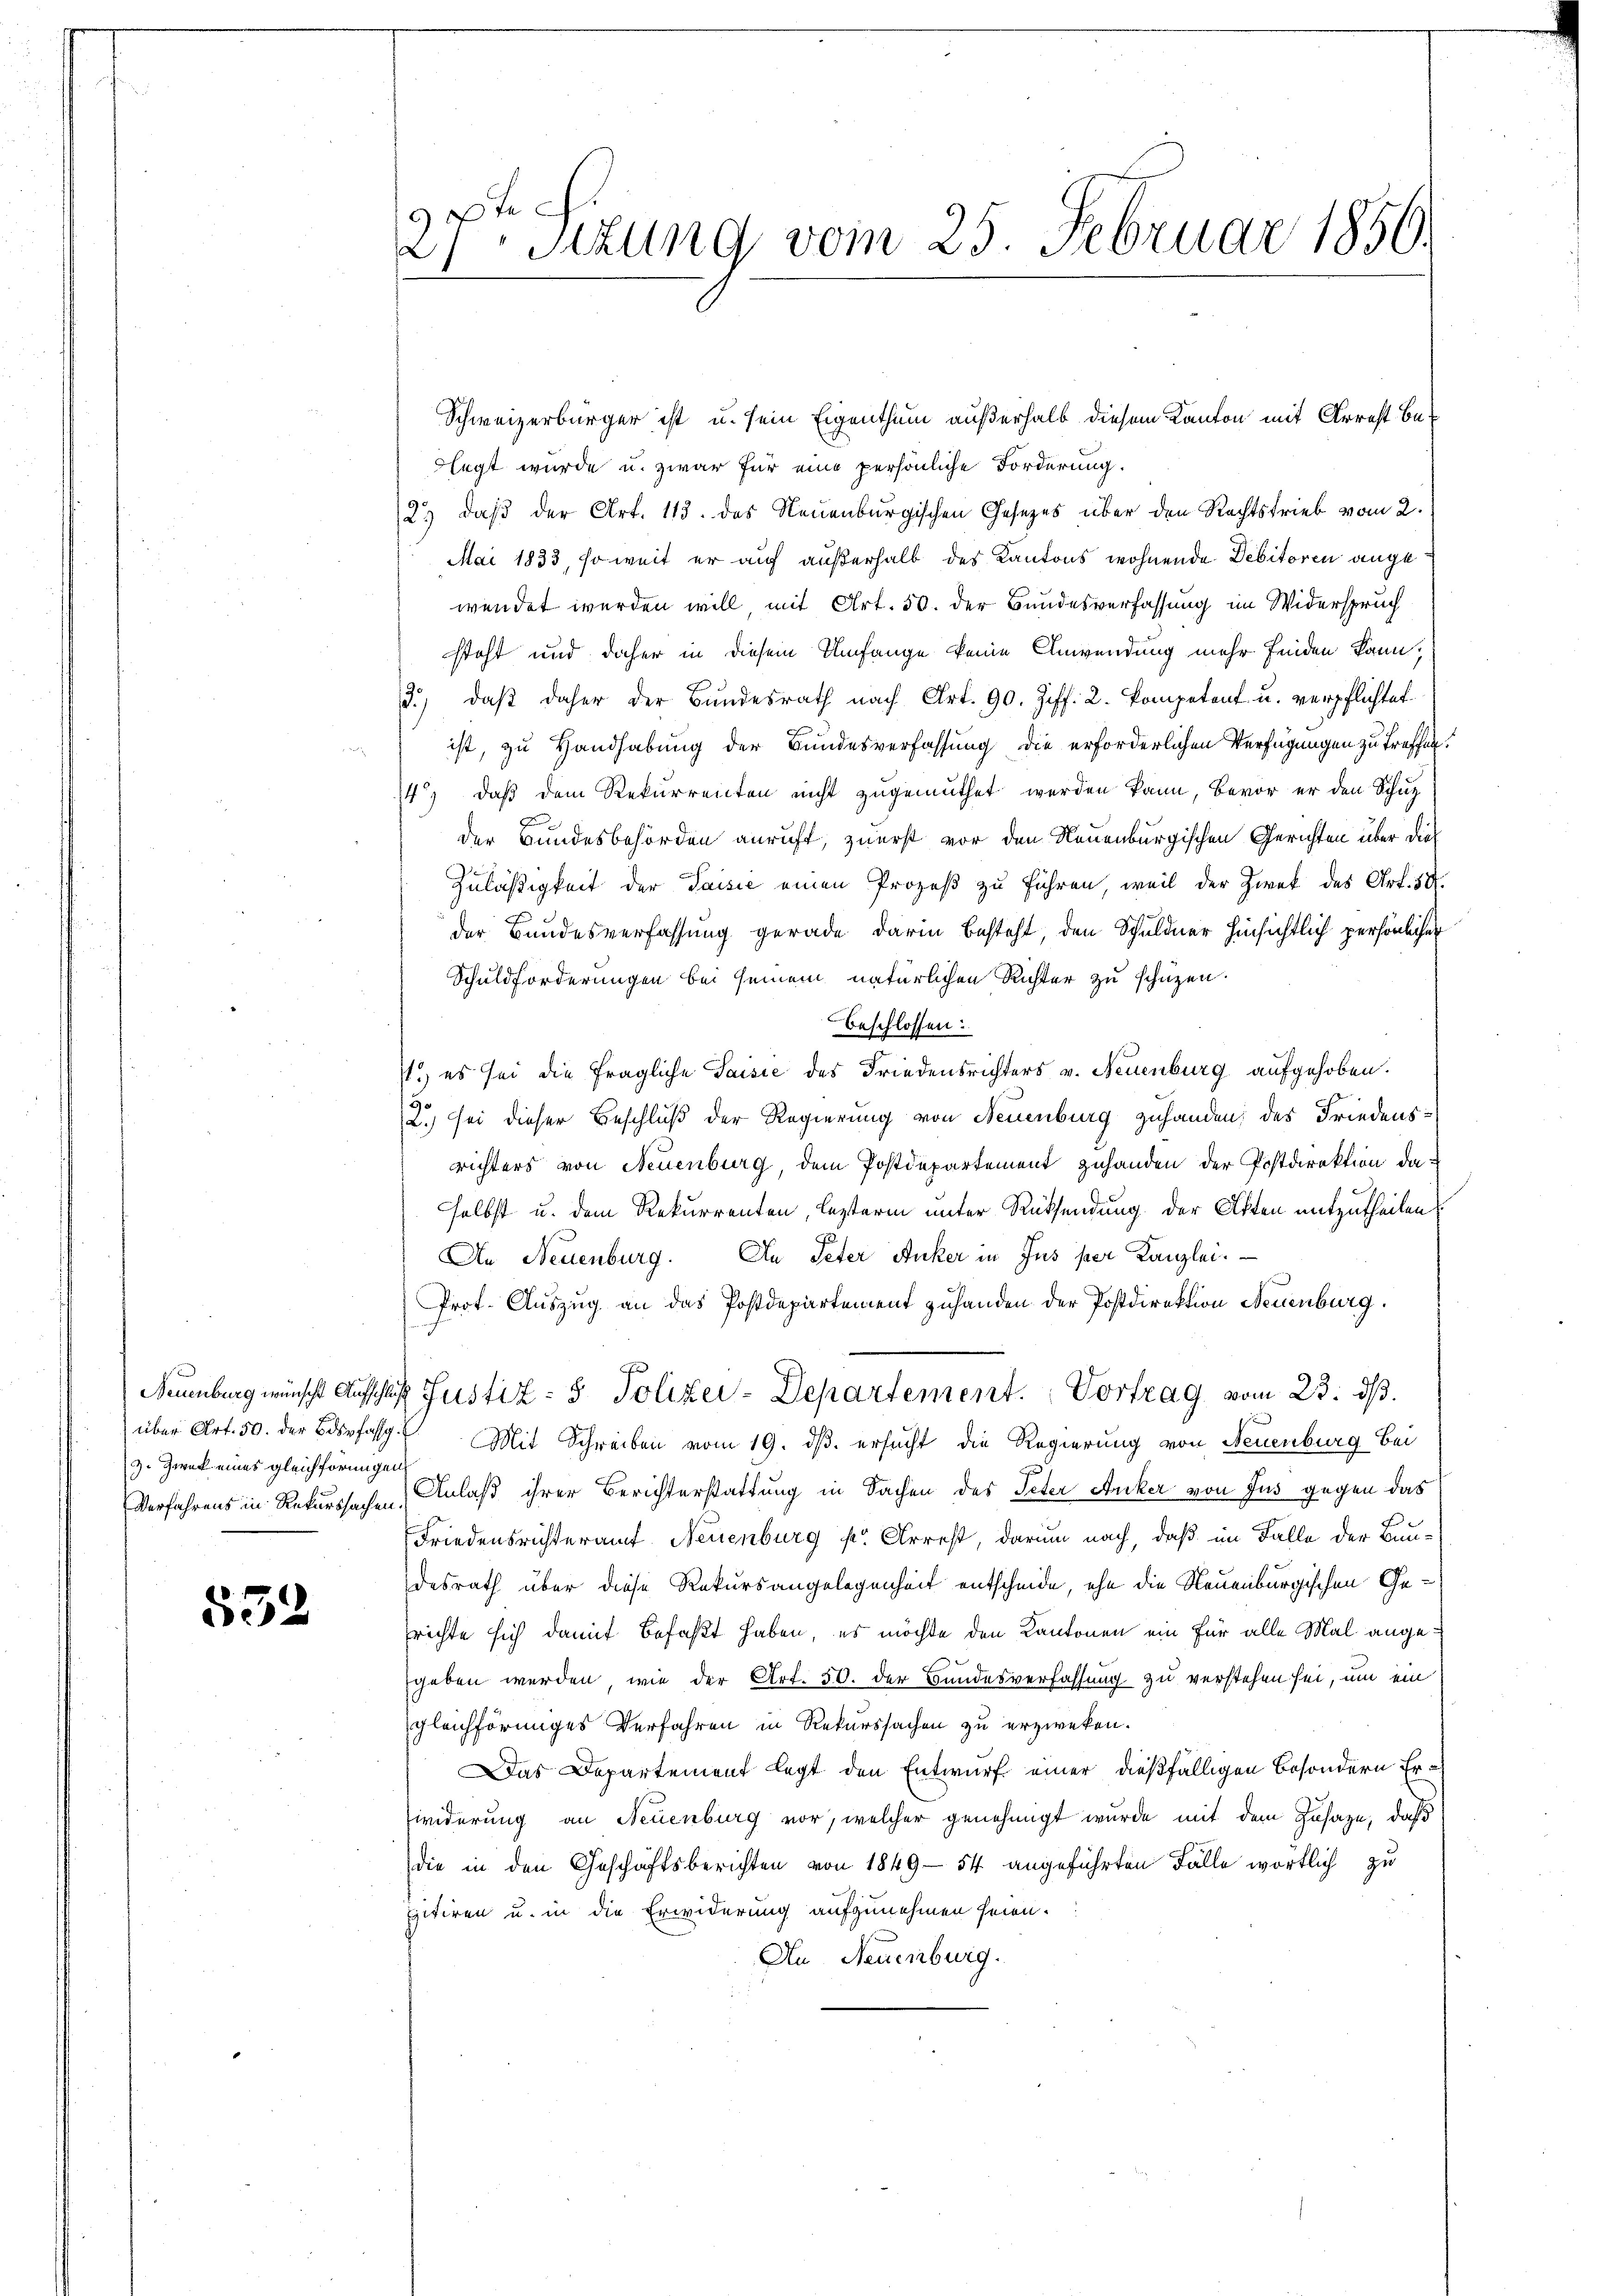
über Art. 50. der Bdspfassg
3. Zwek eines gleichförmigen

532

27ten Sizung vom 25. Februar 1850.

Schweizerbürger ist u. sein Eigenthum außerhalb diesem Kanton mit Arrest belegt wurde u. zwar für eine persönliche Forderung.
2) daß der Art. 113. des Neuenburgischen Gesezes über den Rechtstrieb vom 2.
Mai 1833, soweit er auf außerhalb des Kantons wohnende Debitoren angewendet werden will mit Art. 50. der Bundesverfassung im Widerspruch
steht und daher in diesem Umfange keine Anwendung mehr finden kann,
3.) daß daher der Bundesrath nach Art. 90. Ziff. 2. Kompetent u. verpflichtet
t
ist, zu Handhabung der Bundesverfassung die erforderlichen Verfügungen zu treffen.
14) daß dem Rekurrenten nicht zugemuthet werden kann, bevor er den Schupder Bundesbehörden anruft, zuerst vor den Neuenburgischen Gerichten über dies
Zuläßigkeit der Saisić einen Prozeß zu führen, weil der Zwek des Art. 54.
der Bandesverfassung gerade darin besteht, den Schuldner hinsichtlich persönlicher
Schuldforderungen bei seinem natürlichen Richter zu schützen.
beschlossen:
1.) es sei die fragliche Saisić des Friedensrichters v. Neuenburg aufgehoben.
2.) sei dieser Beschluß der Regierung von Neuenburg zuhanden, des Friedensrichters von Neuenburg, dem Postdepartement zuhanden der Postdirektion da
selbst u. dem Rekurrenten, lezterm unter Rücksendung der Akten mitzutheilen
An Peter Anker in Jus per Kanzlei.
An Neuenburg.
Prof. Auszug an das Postdepartement zuhanden der Postdirektion Neuenburg.
Neuenburg wünscht Aufschluß Justiz- & Polizei-Departement. Vortrag vom 23. dβ
Mit Schreiben vom 19. ds. ersucht die Regierung von Neuenburg bei
Verfahrens in Rekurssachen, Anlaß ihrer Berichterstattung in Sachen des Peter Anker von Jus gegen das
Friedensrichteramt Neuenburg s. Arrest, darum nach, daß im Falle der Bundesrath über diese Rekursangelegenheit entscheide, ehe die Neuenburgischen Gerichte sich damit befaßt haben, es möchte den Kantonen ein für alle Mal angegeben werden, wie der Art. 50. der Bundesverfassung zu verstehen sei, um ein
gleichförmiges Verfahren in Rekurssachen zu erzweken.
Das Departement legt den Entwurf einer dießfälligen besondern Erwiderung an Neuenburg vor, welcher genehmigt wurde mit dem Zusage, daß
die in den Geschäftsberichten von 1849—54 angeführten Fälle wörtlich zu
pitiren u. in die Erwiderung aufzunehmen seien.
An Neuenburg.